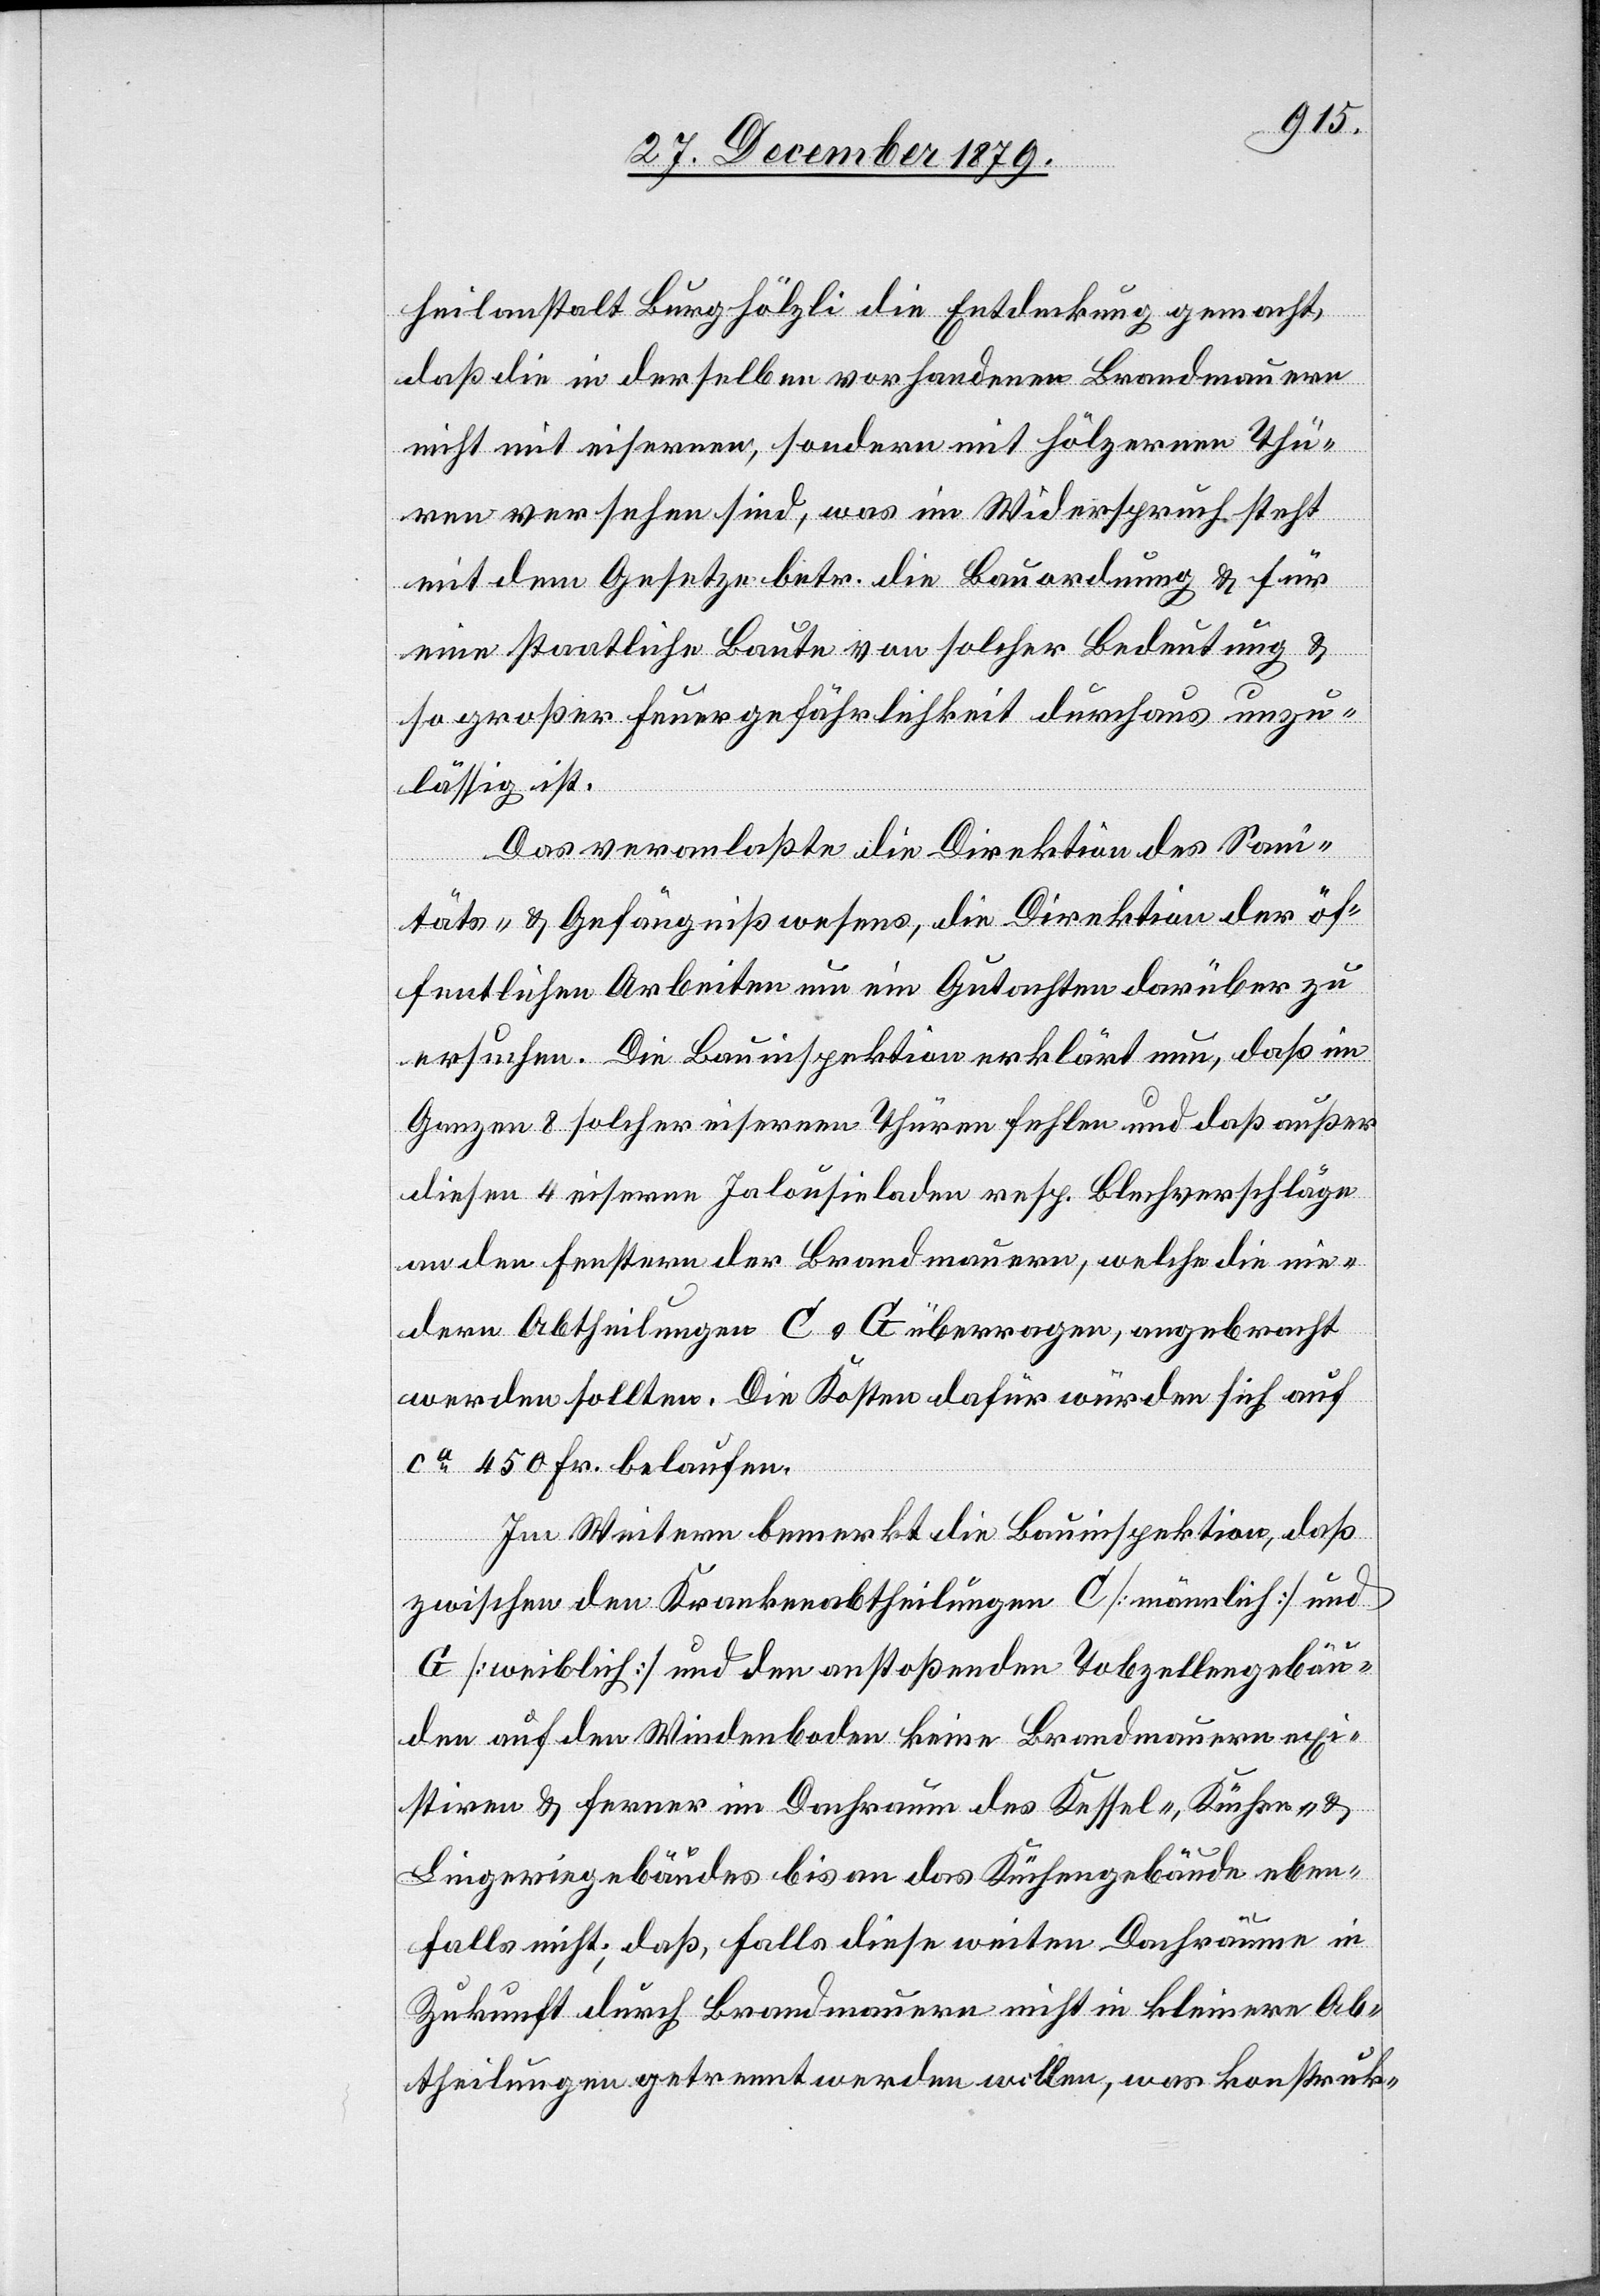
heilanstalt Burghölzli die Entdeckung gemacht,
daß die in derselben vorhandenen Brandmauern
nicht mit eisernen, sondern mit hölzernen Thü¬
ren versehen sind, was im Widerspruch steht
mit dem Gesetz betr. die Bauordnung & für
eine staatliche Baute von solcher Bedeutung &
so großer Feuergefährlichkeit durchaus unzu¬
lässig ist.
Das veranlaßte die Direktion des San¬
itäts- & Gefängnißwesens, die Direktion der öf¬
fentlichen Arbeiten um ein Gutachten darüber zu
ersuchen. Die Bauinspektion erklärt nun, daß im
Ganzen 8 solcher eisernen Thüren fehlen und daß außer
diesen 4 eiserne Jalousieladen resp. Blechverschläge
an den Fenstern der Brandmauern, welche die nie¬
dern Abtheilungen C & G überragen, angebracht
werden sollten. Die Kosten dafür würden sich auf
ca 450 Fr. belaufen.
Im Weitern bemerkt die Bauinspektion, daß
zwischen den Krankenabtheilungen C [männlich] und
G [weiblich] und den anstoßenden Tobzellengebäu¬
den auf den Windenboden keine Brandmauern exi¬
stiren & ferner im Dachraum des Kessel-, Küchen-, &
Lingeriegebäudes bis an das Küchengebäude eben¬
falls nicht; daß, falls diese weiten Dachräume in
Zukunft durch Brandmauern nicht in kleinere Ab¬
theilungen getrennt werden wollen, was konstruk-